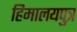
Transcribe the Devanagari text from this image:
हिमालयपुत्र